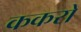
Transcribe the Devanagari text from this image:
ककरो